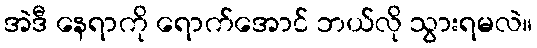
အဲဒီ နေရာကို ရောက်အောင် ဘယ်လို သွားရမလဲ။